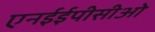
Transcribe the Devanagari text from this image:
एनईईपीसीओ